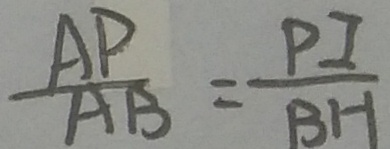
\frac { A P } { A B } = \frac { P I } { B H }